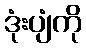
ဒုံးပျံကို